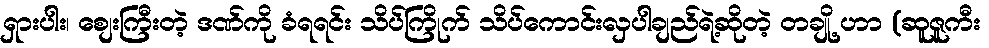
ရှားပါး၊ စျေးကြီးတဲ့ ဒဏ်ကို ခံရရင်း သိပ်ကြိုက် သိပ်ကောင်းလှပါချည်ရဲ့ဆိုတဲ့ တချို့ ဟာ (ဆူဇူကီး